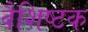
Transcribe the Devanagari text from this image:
वैशिष्टक